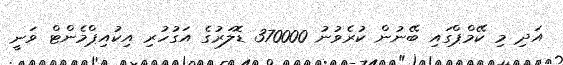
އަދި މި ކޭމްޕްގައި ބޭނުން ކުރެވުނު 370000 ޑޮލަރުގެ އަގުހުރި އިކުއިޕްމެންޓް ވަނީ